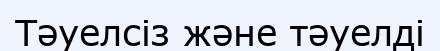
Тәуелсіз және тәуелді